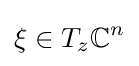
\xi \in T_{z}{\mathbb {C} }^{n}